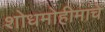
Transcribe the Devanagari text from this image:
शोधमोहीमांचे